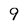
Character: 9